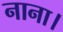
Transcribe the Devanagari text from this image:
नाना।